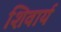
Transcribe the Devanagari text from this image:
शिवार्य